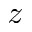
z